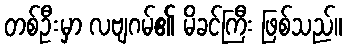
တစ်ဦးမှာ လဗျဂမ်၏ မိခင်ကြီး ဖြစ်သည်။